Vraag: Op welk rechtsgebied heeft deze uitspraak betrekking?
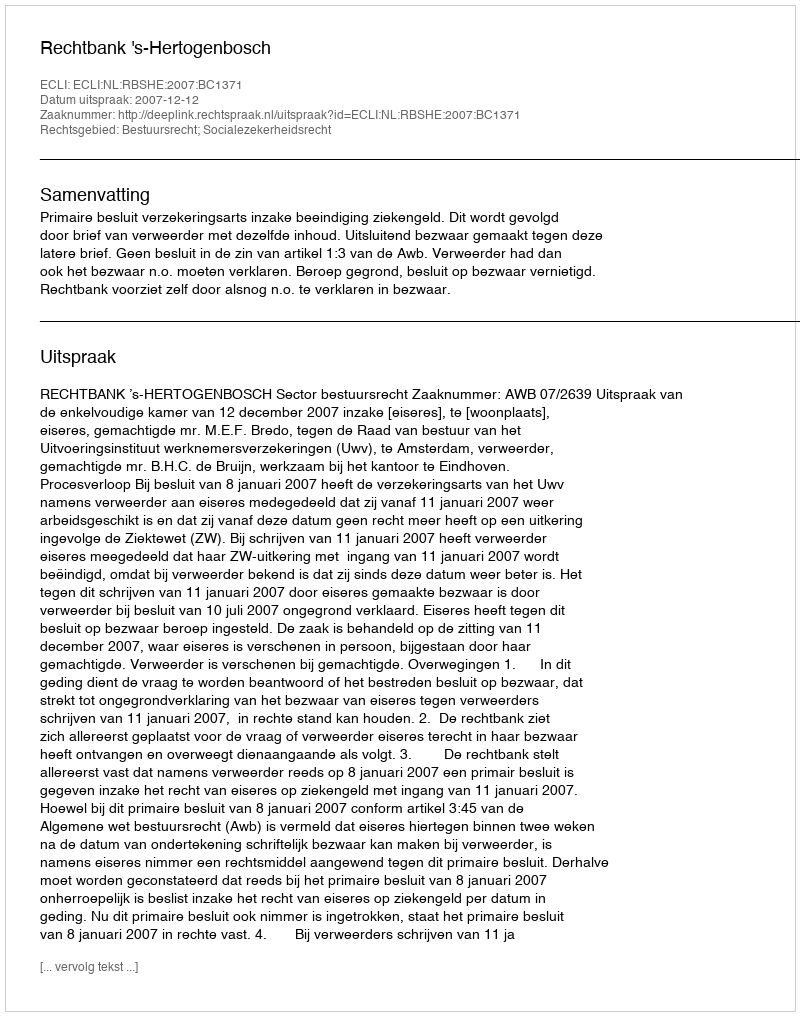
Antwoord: Bestuursrecht; Socialezekerheidsrecht